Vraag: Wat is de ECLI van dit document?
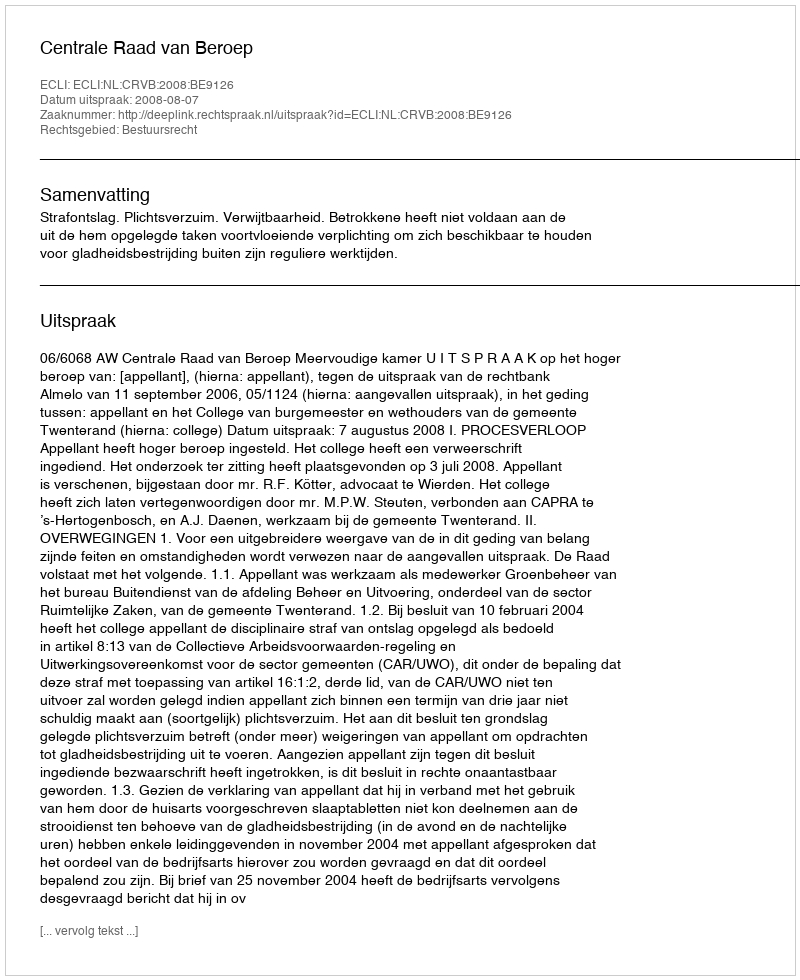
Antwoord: ECLI:NL:CRVB:2008:BE9126